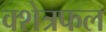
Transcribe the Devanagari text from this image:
क्शेत्रफल